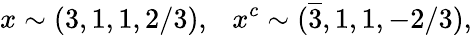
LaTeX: x\sim(3,1,1,2/3),~~~x^{c}\sim(\overline{{3}},1,1,-2/3),